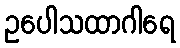
ဥပေါသထာဂါရေ